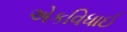
એકવિધાઈ